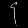
Digit: ၄